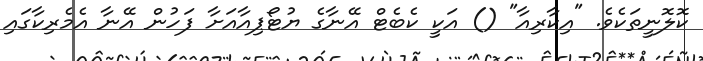
ކޮލޮނީތަކެވެ. "އިކާރިއާ" () އަކީ ކެބެޓް އޭނާގެ ޔުޓޯޕިއާއަށާ ފަހުން އޭނާ އެމެރިކާގައި